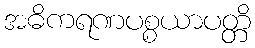
အဓိကရဏပစ္စယာပတ္တိ